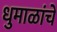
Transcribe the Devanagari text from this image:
धुमाळांचे